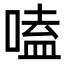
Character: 嗑